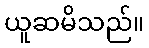
ယူဆမိသည်။